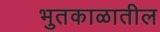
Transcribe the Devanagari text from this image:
भुतकाळातील